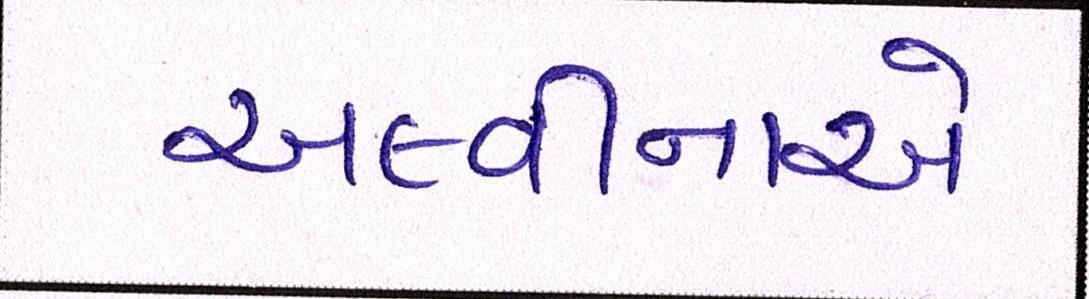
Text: અલ્વીનાએ